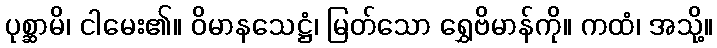
ပုစ္ဆာမိ၊ ငါမေး၏။ ဝိမာနသေဋ္ဌံ၊ မြတ်သော ရွှေဗိမာန်ကို။ ကထံ၊ အသို့။